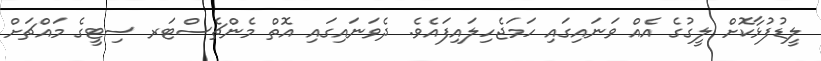
ލީޑުފުޅާކޮށް ލީގުގެ އެއް ވަނައިގައި ހަމަޖެހިލައިފައެވެ. ދެވަނައިގައި އޮތް މެންޗެސްޓަރ ސިޓީގެ މައްޗަށް